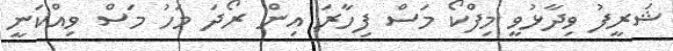
ޝަރީފު ވިދާޅުވީ މިފްކޯ މަސް ފިހާރަ އިން ރޯދަ މަހު މަސް ވިއްކަނީ